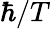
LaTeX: \hbar/T